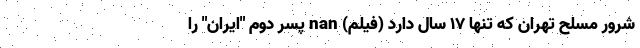
شرور مسلح تهران که تنها ۱۷ سال دارد (فیلم) nan پسر دوم "ایران" را